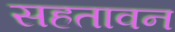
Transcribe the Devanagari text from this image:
सहतावन